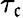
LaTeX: \tau_{\mathfrak{c}}